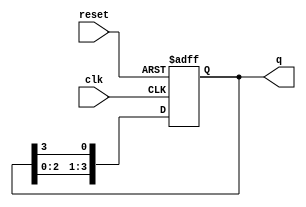
module bistable_ring_counter (
    input wire clk,        // Clock signal
    input wire reset,      // Asynchronous reset signal
    output reg [3:0] q     // 4-bit output representing the state of the counter
);

    // Initial state
    initial begin
        q = 4'b1000; // Start with the first flip-flop set to '1'
    end

    always @(posedge clk or posedge reset) begin
        if (reset) begin
            // On reset, initialize the counter to the first state
            q <= 4'b1000;
        end else begin
            // Shift the '1' to the right in a circular manner
            q <= {q[2:0], q[3]}; // Move the '1' from the MSB to the LSB
        end
    end

endmodule